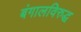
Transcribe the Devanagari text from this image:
बंगालविरुद्ध